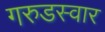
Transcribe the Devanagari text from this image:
गरुडस्वार